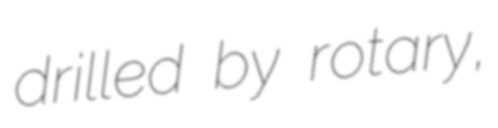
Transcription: drilled by rotary,